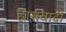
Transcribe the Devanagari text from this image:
ह्रासवादी